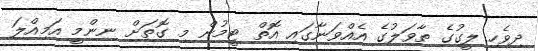
ދިވެހި ލީގުގެ ތާވަލުގެ އެއްވަނާގައި އޮތް ޓީމުން މި ގޮތަށް ނިންމީ އަމިއްލަ